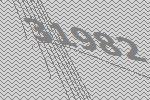
31982